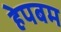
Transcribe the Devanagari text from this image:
हेपबम